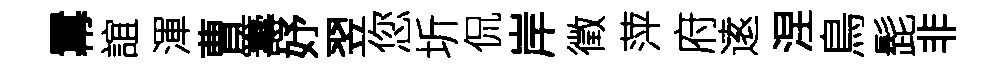
羃誼渾曹籌妤翌您圻侃岸徵萍府逺涅鳥髭非